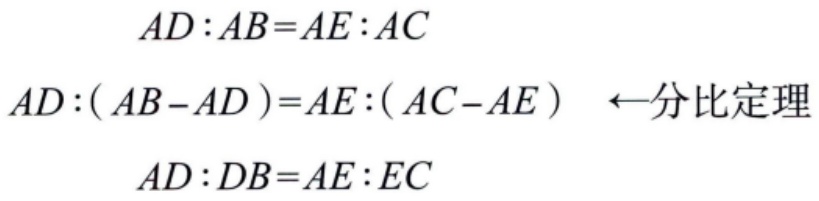
\[
\begin{align*}
AD:AB&=AE:AC\\
AD:(AB - AD)&=AE:(AC - AE) \quad \text{←分比定理}\\
AD:DB&=AE:EC
\end{align*}
\]